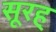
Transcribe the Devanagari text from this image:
सूरह्